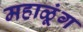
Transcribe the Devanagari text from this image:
महाळूंग